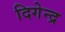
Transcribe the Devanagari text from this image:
दिगेन्द्र